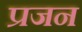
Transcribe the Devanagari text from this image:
प्रजन